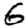
Digit: 6